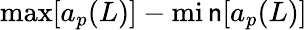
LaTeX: \operatorname*{max}[a_{p}(L)]-\operatorname*{mi\mathsf{n}}[a_{p}(L)]